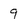
Character: 9